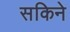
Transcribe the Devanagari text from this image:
सकिने